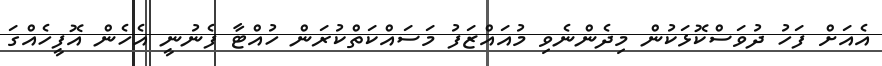
އެއަށް ފަހު ދުވަސްކޮޅަކުން މިދެންނެވި މުއައްޒަފު މަސައްކަތްކުރަން ހުއްޓާ ފެނުނީ އެހެން އޮފީހެއްގަ